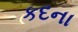
કદના